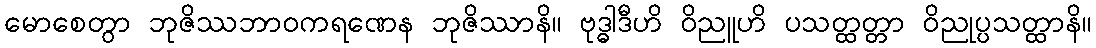
မောစေတွာ ဘုဇိဿဘာဝကရဏေန ဘုဇိဿာနိ။ ဗုဒ္ဓါဒီဟိ ဝိညူဟိ ပသတ္ထတ္တာ ဝိညုပ္ပသတ္ထာနိ။